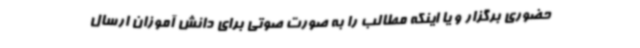
حضوری برگزار و یا اینکه مطالب را به صورت صوتی برای دانش آموزان ارسال